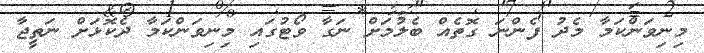
މިނިވަންކަމާ މެދު ފެންނަ ގޮތެއް ބެލުމަށް ނަގާ ވޯޓުގައި މިނިވަންކަމާ ދެކޮޅަށް ނަތީޖާ